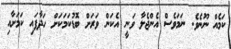
ކަމެއް ނޫނެވެ. ނަމަވެސް އެންޖެލާ ވަނީ އެކަން ވަރަށް ބޮޑުކަމަކަށް ހަދާފައި ކަމަށާއި